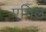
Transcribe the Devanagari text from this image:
एगिल